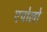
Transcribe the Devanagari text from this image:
एपोलो